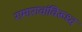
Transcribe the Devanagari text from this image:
रामारावांविरूध्द